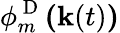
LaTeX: \phi_{m}^{\mathrm{~D~}}\textbf{(}\textbf{k}(t)\textbf{)}